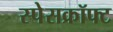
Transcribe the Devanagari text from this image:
स्पेसक्रॉफ्ट